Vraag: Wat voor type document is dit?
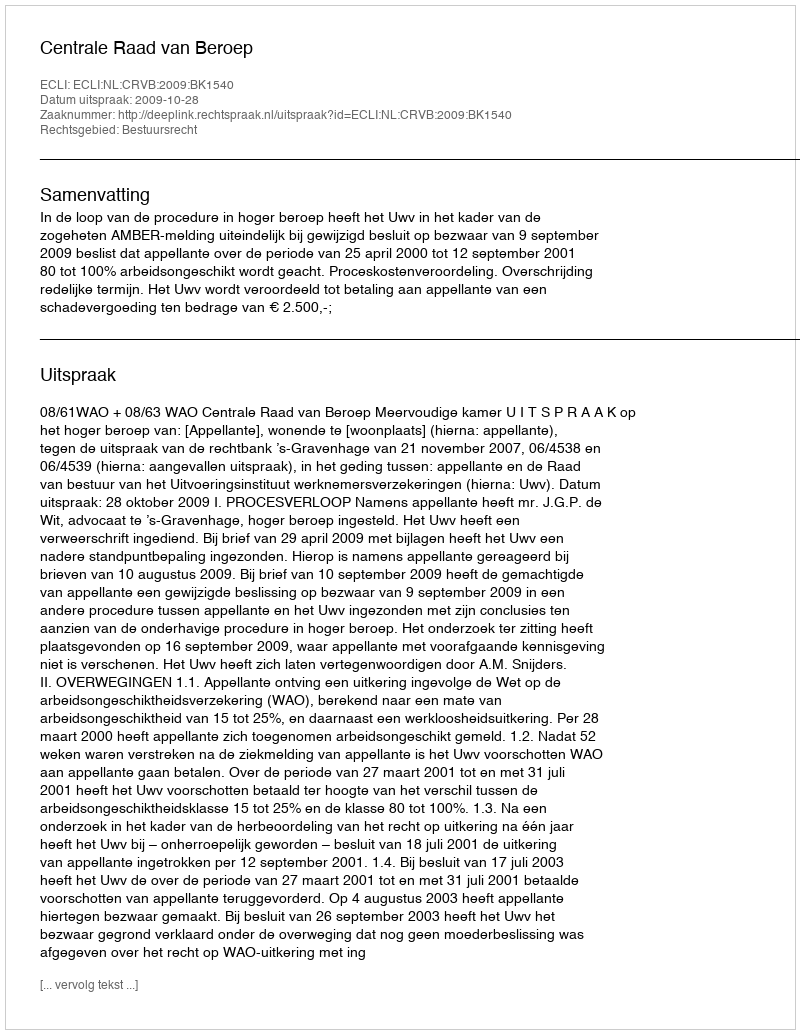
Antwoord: Uitspraak